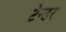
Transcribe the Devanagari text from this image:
टेन्‍डर